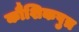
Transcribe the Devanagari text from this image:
कौशिकपुत्र